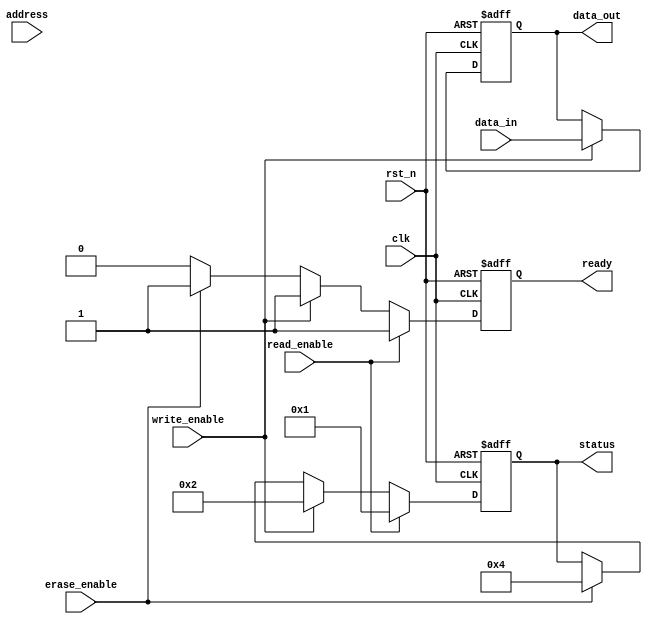
module io_block (
    input wire clk,
    input wire rst_n,
    input wire [7:0] data_in,          // Data input from host
    output wire [7:0] data_out,        // Data output to host
    input wire [15:0] address,          // Address input from host
    input wire read_enable,             // Read command signal
    input wire write_enable,            // Write command signal
    input wire erase_enable,            // Erase command signal
    output wire ready,                  // Ready signal to host
    output wire [7:0] status           // Status register output
);

// Internal signals
reg [7:0] data_buffer;                 // Data buffer for input/output
reg [7:0] status_reg;                  // Status register
reg ready_reg;                         // Ready signal register
wire [15:0] decoded_address;          // Decoded address

// Data Input Buffer
always @(posedge clk or negedge rst_n) begin
    if (!rst_n) begin
        data_buffer <= 8'b0;
    end else if (write_enable) begin
        data_buffer <= data_in;        // Capture incoming data
    end
end

// Data Output Buffer
assign data_out = data_buffer;        // Output the buffered data

// Address Decoding Logic
assign decoded_address = address;      // Simple pass-through for this example

// Control and Timing Logic
always @(posedge clk or negedge rst_n) begin
    if (!rst_n) begin
        status_reg <= 8'b0;
        ready_reg <= 1'b0;
    end else begin
        if (read_enable) begin
            // Simulate read operation
            status_reg <= 8'b00000001; // Example status for read
            ready_reg <= 1'b1;
        end else if (write_enable) begin
            // Simulate write operation
            status_reg <= 8'b00000010; // Example status for write
            ready_reg <= 1'b1;
        end else if (erase_enable) begin
            // Simulate erase operation
            status_reg <= 8'b00000100; // Example status for erase
            ready_reg <= 1'b1;
        end else begin
            ready_reg <= 1'b0;          // Not ready if no operation
        end
    end
end

assign ready = ready_reg;             // Output ready signal
assign status = status_reg;           // Output status register

endmodule